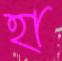
হা